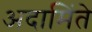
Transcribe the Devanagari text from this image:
अदामिंते